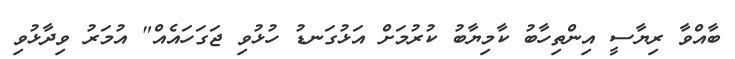
ބާއްވާ ރިޔާސީ އިންތިހާބު ކާމިޔާބު ކުރުމަށް އަޅުގަނޑު ހުޅުވި ޖަގަހައެއް" އުމަރު ވިދާޅުވި